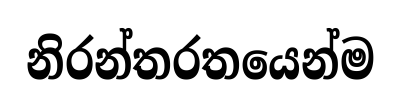
නිරන්තරතයෙන්ම